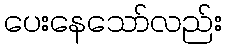
ပေးနေသော်လည်း